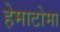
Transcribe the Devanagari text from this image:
हेमाटोमा